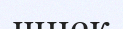
шнек